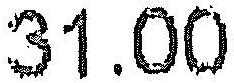
31.00